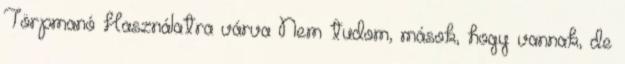
Törpmanó Használatra várva Nem tudom, mások, hogy vannak, de